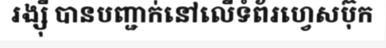
រង្ស៊ី បានបញ្ជាក់នៅលើទំព័រហ្វេសប៊ុក